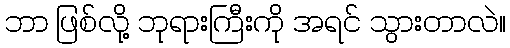
ဘာ ဖြစ်လို့ ဘုရားကြီးကို အရင် သွားတာလဲ။